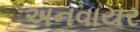
અનવાયર